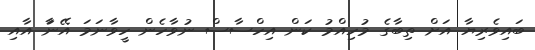
ބައިވެރިޔާ އަށް ތިބާގެ މުހިއްމު ކަން އިހްސާސް ނުވާހެން ހީވާނަމަ އޭނާަ އާއި